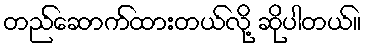
တည်ဆောက်ထားတယ်လို့ ဆိုပါတယ်။